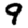
Digit: 9